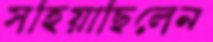
সহিয়াছিলেন